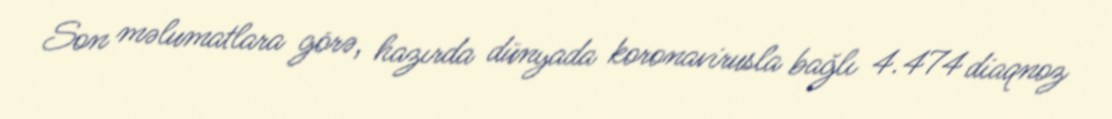
Son məlumatlara görə, hazırda dünyada koronavirusla bağlı 4.474 diaqnoz